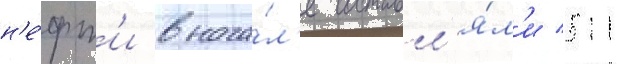
н'е́фт'и внача́л'е составл'я́л'и 511